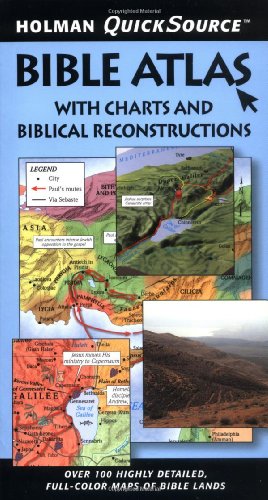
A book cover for Holman QuickSource Bible Atlas with Charts and Biblical Reconstructions (Holman Quicksource Guides); Paul Wright; Christian Books & Bibles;